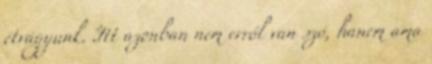
étvágyunk. Itt azonban nem erről van szó, hanem ama